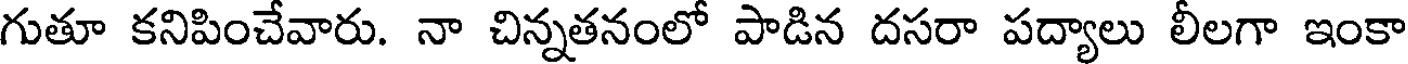
గుతూ కనిపించేవారు. నా చిన్నతనంలో పాడిన దసరా పద్యాలు లీలగా ఇంకా